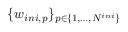
\{ w _ { i n i , p } \} _ { p \in \{ 1 , \dots , N ^ { i n i } \} }